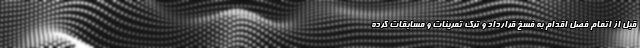
قبل از اتمام فصل اقدام به فسخ قرارداد و ترک تمرینات و مسابقات کرده